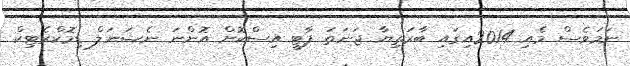
ނަމަވެސް މެއި 2014އިގައި ބާރަތިޔާ ޖަނަތަ ޕާޓީ އިސްކޮށް އޮންނަ ނެޝަނަލް ޑިމޮކްރެޓިކް